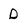
Character: D